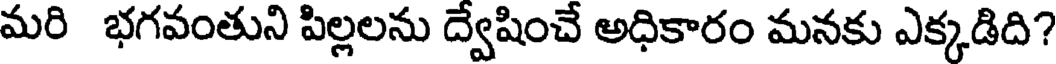
మరి భగవంతుని పిల్లలను ద్వేషించే అధికారం మనకు ఎక్కడిది?